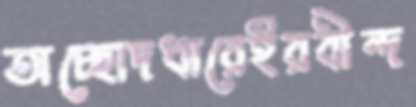
অচ্ছোদধারেইরবীন্দ